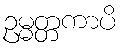
ဥမ္မတ္တကာပိ